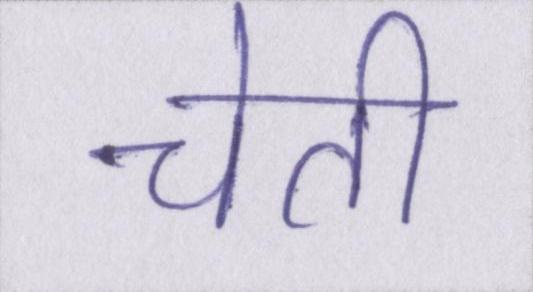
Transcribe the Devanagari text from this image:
चेती